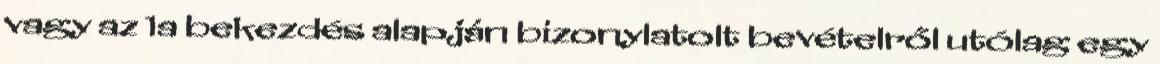
vagy az 1a bekezdés alapján bizonylatolt bevételről utólag egy